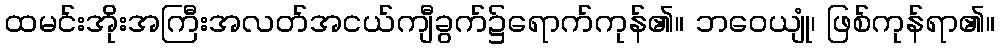
ထမင်းအိုးအကြီးအလတ်အငယ်ကျီခွက်၌ရောက်ကုန်၏။ ဘဝေယျုံ၊ ဖြစ်ကုန်ရာ၏။